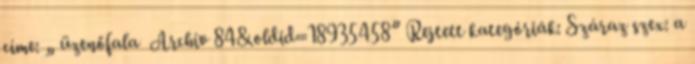
címe: „ üzenőfala Archív 84&oldid=18935458” Rejtett kategóriák: Száraz szex: a